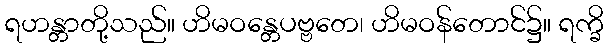
ရဟန္တာတို့သည်။ ဟိမဝန္တေပဗ္ဗတေ၊ ဟိမဝန်တောင်၌။ ရက္ခိ